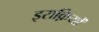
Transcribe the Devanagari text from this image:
इराक़ियों